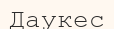
Даукес